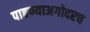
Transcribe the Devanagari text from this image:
पाहण्याअगोदरच